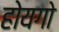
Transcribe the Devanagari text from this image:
होयगो